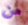
من